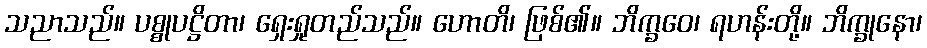
သညာသည်။ ပစ္စုပဋ္ဌိတာ၊ ရှေးရှုတည်သည်။ ဟောတိ၊ ဖြစ်၏။ ဘိက္ခဝေ၊ ရဟန်းတို့။ ဘိက္ခုနော၊